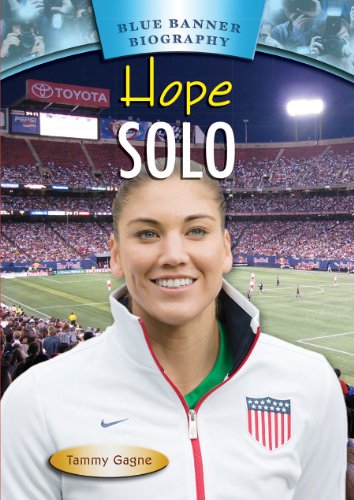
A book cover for Hope Solo (Blue Banner Biography); Tammy Gagne; Teen & Young Adult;